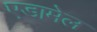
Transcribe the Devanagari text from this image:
एडामेल